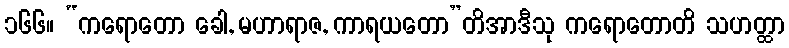
၁၆၆။ “ကရောတော ခေါ, မဟာရာဇ, ကာရယတော”တိအာဒီသု ကရောတောတိ သဟတ္ထာ